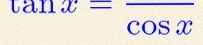
\tan x=\frac{\sin x}{\cos x}